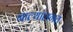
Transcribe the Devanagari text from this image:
नाल्यांलगत